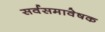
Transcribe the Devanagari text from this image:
सर्वसमावेषक